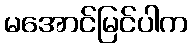
မအောင်မြင်ပါက